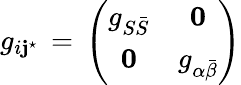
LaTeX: g_{i\mathbf{j}^{\star}}\, =\, \left(\begin{array}{cc}{{g_{S\bar{S}}}}&{{{\mathbf 0}}}\\ {{{\mathbf 0}}}&{{g_{\alpha\bar{\beta}}}}\end{array}\right)